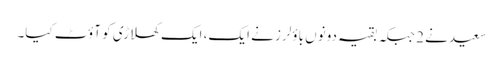
سعید نے 2 جبکہ بقیہ دونوں باؤلرز نے ایک، ایک کھلاڑی کو آؤٹ کیا۔